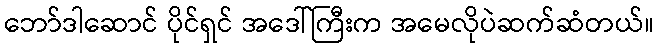
ဘော်ဒါဆောင် ပိုင်ရှင် အဒေါ်ကြီးက အမေလိုပဲဆက်ဆံတယ်။